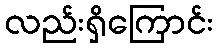
လည်းရှိကြောင်း